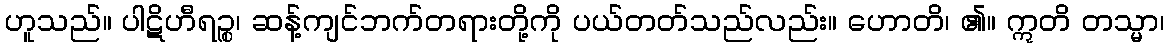
ဟူသည်။ ပါဋိဟီရဉ္စ၊ ဆန့်ကျင်ဘက်တရားတို့ကို ပယ်တတ်သည်လည်း။ ဟောတိ၊ ၏။ ဣတိ တသ္မာ၊